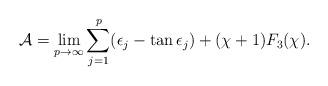
LaTeX: \begin{align*}\mathcal{A} = \lim_{p\rightarrow\infty}\sum_{j=1}^p(\epsilon_j -\tan \epsilon_j)+ (\chi+1)F_3(\chi).\end{align*}